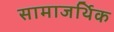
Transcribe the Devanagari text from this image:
सामाजर्थिक